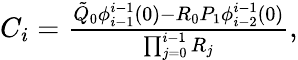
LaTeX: \begin{array}{r}{C_{i}=\frac{\tilde{Q}_{0}\phi_{i-1}^{i-1}(0)-R_{0}P_{1}\phi_{i-2}^{i-1}(0)}{\prod_{j=0}^{i-1}R_{j}},}\end{array}